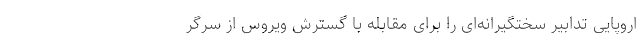
اروپایی تدابیر سختگیرانه‌ای را برای مقابله با گسترش ویروس از سرگر